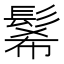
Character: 𩭉